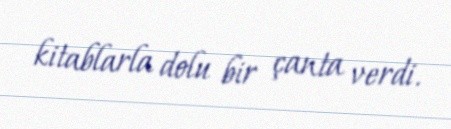
kitablarla dolu bir çanta verdi.